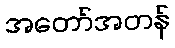
အတော်အတန်